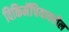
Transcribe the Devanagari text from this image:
विकिमॅपियावरील